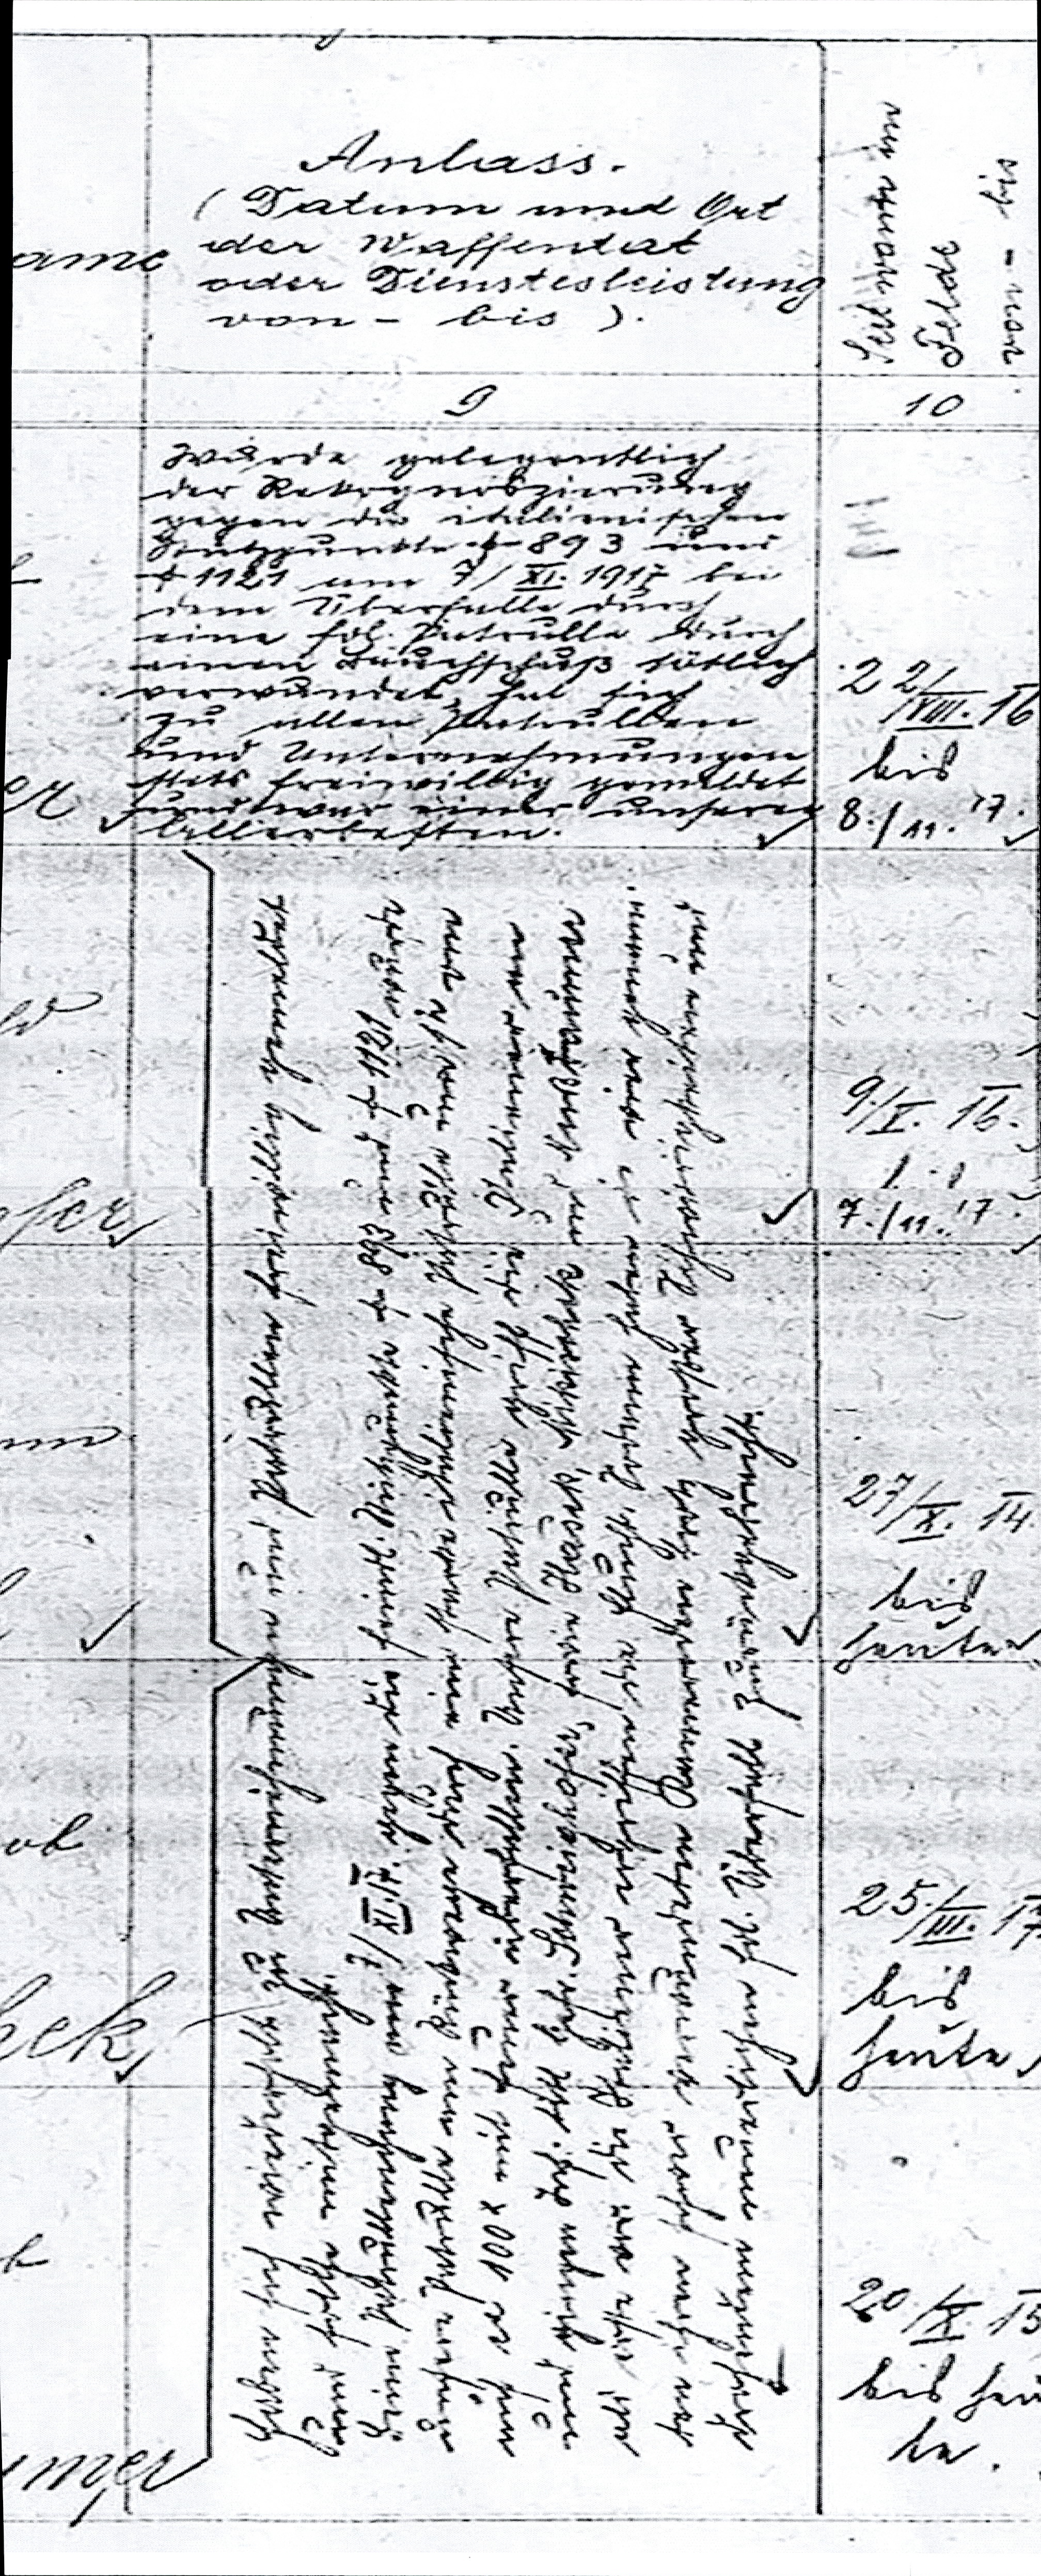
Seit wann im
Felde
von - bis

Anlass.
(Datum und Ort
der Waffentat
oder Dienstleistung
von - bis ).

wurde gelegentlich
der Rekognoszierung
gegen die italienischen
Stützpunkte + 893 und
+ 1121 um 7 / XI. 1917 bei
dem Überfalle durch
eine fol. Patroulle durch
einen Bauchschuß tötlich
verwundet, hat sich
zu allen Patroullen
und Unternehmungen
stets freiwillig gemeldet
und war einer unserer
allerbesten.

Haben sich wiederholt zu Unternehmungen und Patroullen freiwillig gemeldet
und solche mitgemacht.
Beim Patroullengang am 7 / XI. 17. gegen die feindl. Stützpunkte + 893 und + 1121 wurde
unsere Patroulle am Rückwege durch eine starke italienische Patrulle um 1h vm
auf ca 100 x mit feuer überfallen. Unsere Patrulle griff die Italiener an
und gingen Inf: titl Gefr. Schweighofer, sowie Haśek, Mikischek und Nußbaumer
als erste vor die Italiener ergriffen die Flucht. Sodann haben die vier genann¬
ten ihren schwer verwundeten Kameraden trotz großer Schwierigkeiten und
drohendem neuerlichen fol. Überfall zurückgebracht.